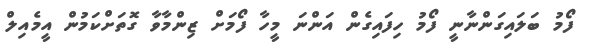
ފޯމު ބަލައިގަންނާނީ ފޯމު ހިފައިގެން އަންނަ މީހާ ފޯމަށް ޒިންމާވާ ގޮތަށްކަމުން އީމެއިލް